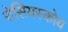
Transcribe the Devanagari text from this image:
रोसियस्कोय